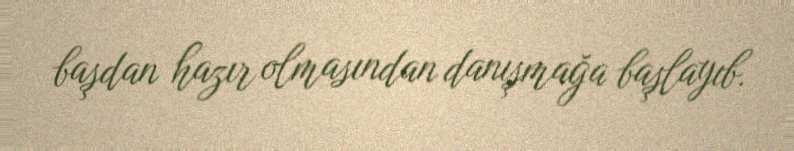
başdan hazır olmasından danışmağa başlayıb.